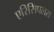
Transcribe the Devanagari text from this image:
एरिसिपलस